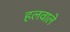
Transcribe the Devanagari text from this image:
हलवाले